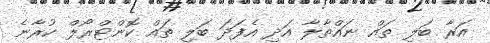
އަރާ ބަލި ތައް ނައްތާލާ އަދި އެފަދަ ބަލި ތައް ކޮންޓްރޯލް ކުރާނެ